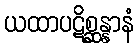
ယထာပဋိစ္ဆန္နာနံ